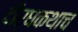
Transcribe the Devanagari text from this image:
दीर्घकथाच